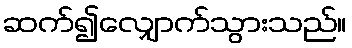
ဆက်၍လျှောက်သွားသည်။